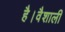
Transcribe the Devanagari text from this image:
है।वैशाली